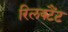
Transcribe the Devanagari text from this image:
रिलक्टैंट